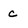
Character: c